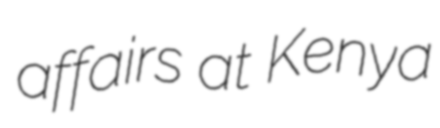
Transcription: affairs at Kenya